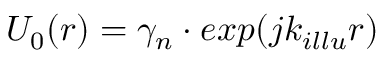
U _ { 0 } ( r ) = \gamma _ { n } \cdot e x p ( j k _ { i l l u } r )